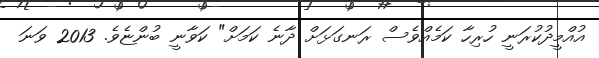
އުއްމީދުކުރަނީ ހުރިހާ ކަމެއްވެސް ރަނގަޅަށް ދާނެ ކަމަށް" ކަވާނީ ބުންޏެވެ. 2013 ވަނަ